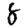
Digit: 8